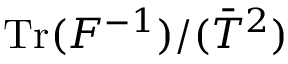
\mathrm { T r } ( { F } ^ { - 1 } ) / ( \bar { T } ^ { 2 } )